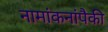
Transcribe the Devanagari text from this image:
नामांकनांपैकी